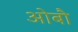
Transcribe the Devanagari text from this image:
ओबौ